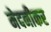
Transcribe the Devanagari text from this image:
मेदनीकर